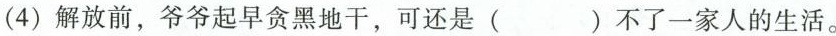
(4)解放前，爷爷起早贪黑地干，可还是()不了一家人的生活。